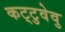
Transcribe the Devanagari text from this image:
कट्‌टुवेवु